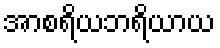
အာစရိယဘရိယာယ